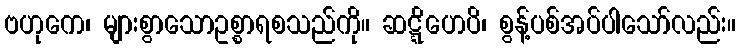
ဗဟုကေ၊ များစွာသောဥစ္စာရစသည်ကို။ ဆဋ္ဋိဟေပိ၊ စွန့်ပစ်အပ်ပါသော်လည်း။